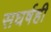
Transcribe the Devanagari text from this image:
सघर्षही